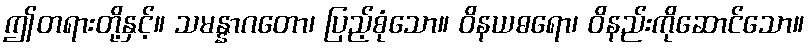
ဤတရားတို့နှင့်။ သမန္နာဂတော၊ ပြည့်စုံသော။ ဝိနယဓရော၊ ဝိနည်းကိုဆောင်သော။